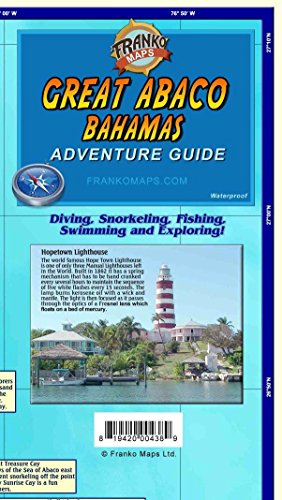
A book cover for Great Abaco Island Bahamas Adventure & Dive Guide Franko Maps Waterproof Map; Franko Maps Ltd.; Travel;